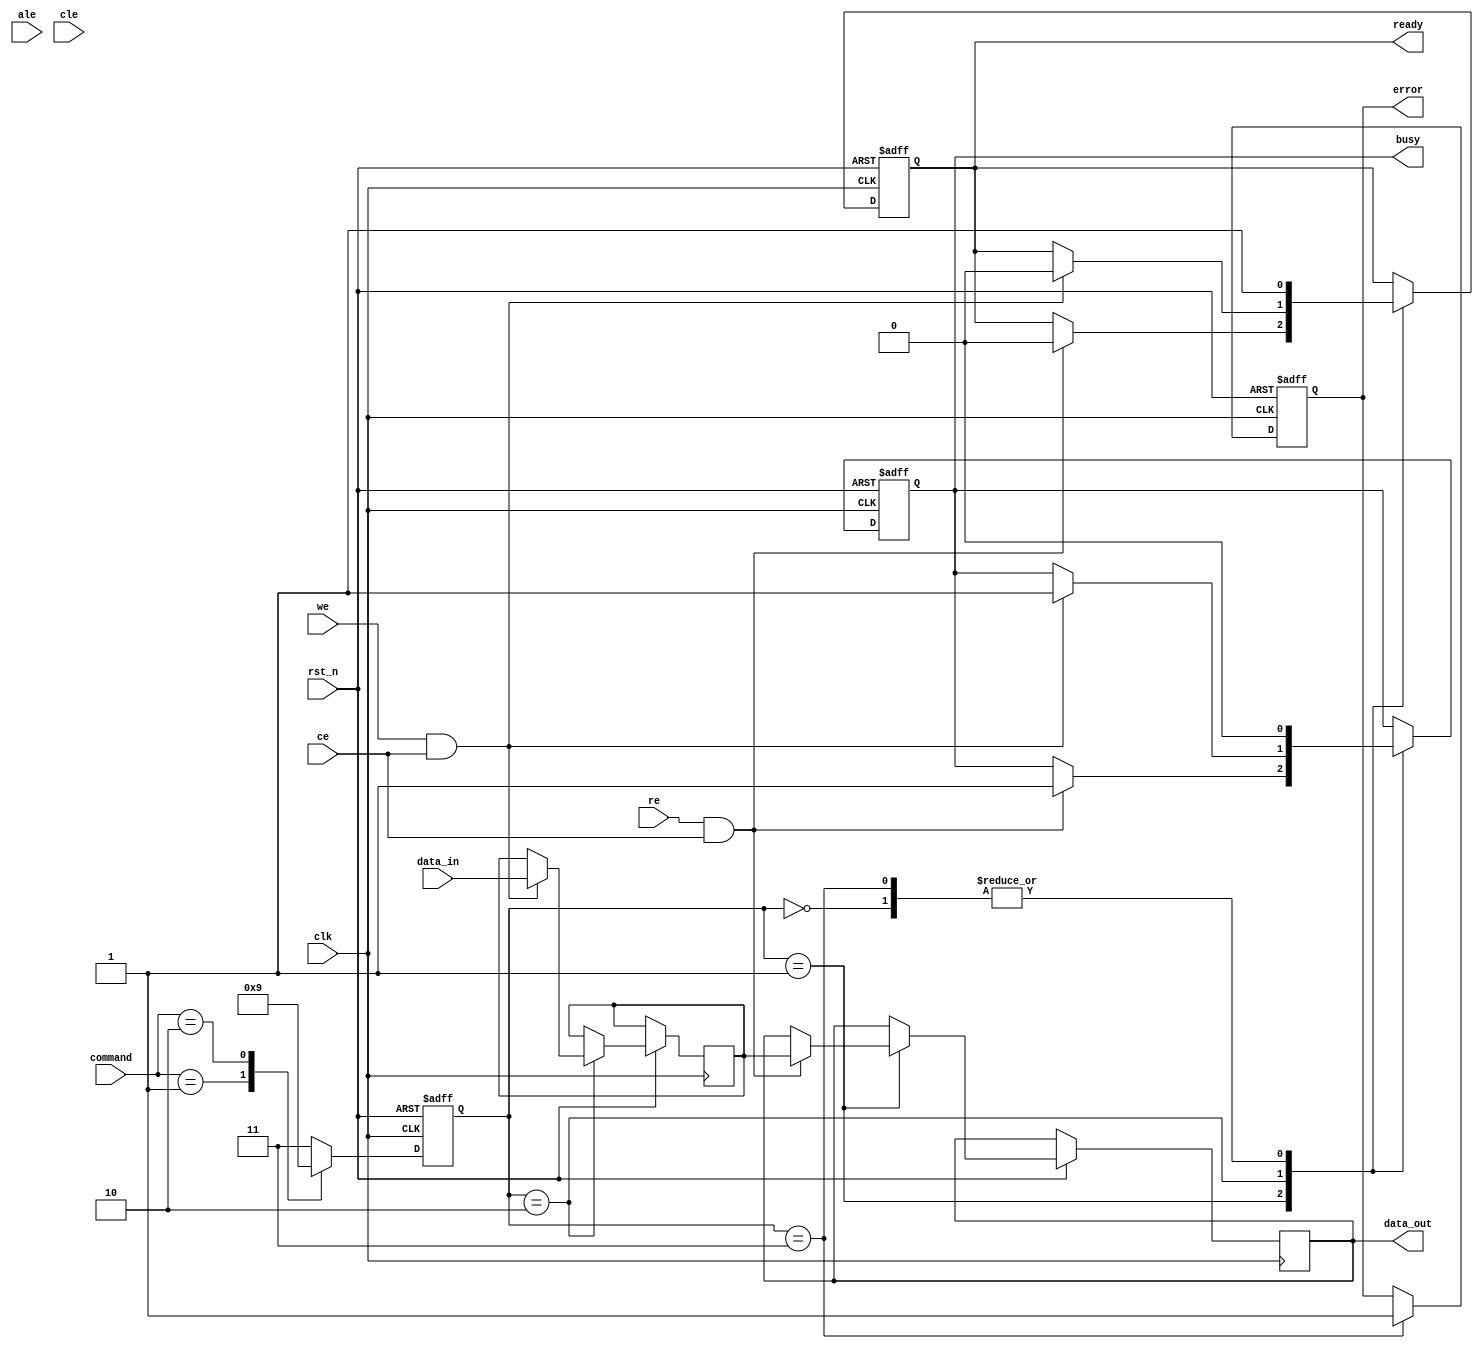
module nand_flash_io_block (
    input wire clk,                // System clock
    input wire rst_n,              // Active low reset
    input wire [7:0] data_in,      // Data input from external system
    output reg [7:0] data_out,     // Data output to external system
    input wire we,                 // Write enable
    input wire re,                 // Read enable
    input wire ce,                 // Chip enable
    input wire ale,                // Address latch enable
    input wire cle,                // Command latch enable
    input wire [3:0] command,      // Command input
    output reg busy,               // Busy status
    output reg error,              // Error status
    output reg ready               // Ready status
);

    // Internal signals
    reg [7:0] data_latch;          // Data latch for temporary storage
    reg [3:0] status_register;      // Status register
    reg [7:0] config_register;      // Configuration register

    // State definitions
    localparam IDLE = 2'b00,
               READ = 2'b01,
               WRITE = 2'b10,
               ERROR_STATE = 2'b11;

    reg [1:0] state, next_state;

    // Command Decoder
    always @(*) begin
        case (command)
            4'b0001: next_state = WRITE;  // Example: Write command
            4'b0010: next_state = READ;   // Example: Read command
            default: next_state = ERROR_STATE; // Default to error
        endcase
    end

    // State Machine
    always @(posedge clk or negedge rst_n) begin
        if (!rst_n) begin
            state <= IDLE;
            busy <= 0;
            error <= 0;
            ready <= 1;
        end else begin
            state <= next_state;
            case (state)
                IDLE: begin
                    busy <= 0;
                    ready <= 1;
                end
                READ: begin
                    if (re && ce) begin
                        data_out <= data_latch; // Output data from latch
                        busy <= 1;
                        ready <= 0;
                    end
                end
                WRITE: begin
                    if (we && ce) begin
                        data_latch <= data_in; // Latch data for writing
                        busy <= 1;
                        ready <= 0;
                    end
                end
                ERROR_STATE: begin
                    error <= 1; // Set error flag
                    busy <= 0;
                    ready <= 1;
                end
            endcase
        end
    end

    // Status Register Update
    always @(posedge clk) begin
        if (busy) begin
            status_register <= 4'b0001; // Example status: busy
        end else if (ready) begin
            status_register <= 4'b0010; // Example status: ready
        end else if (error) begin
            status_register <= 4'b1111; // Example status: error
        end
    end

    // Power Management and Configuration
    always @(posedge clk or negedge rst_n) begin
        if (!rst_n) begin
            config_register <= 8'b00000000; // Default configuration
        end else begin
            // Configuration logic can be added here
        end
    end

endmodule